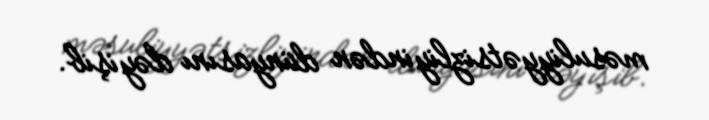
məsuliyyətsizliyindən dünyasını dəyişib.